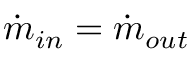
\Dot { m } _ { i n } = \Dot { m } _ { o u t }